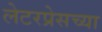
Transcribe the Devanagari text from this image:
लेटरप्रेसच्या